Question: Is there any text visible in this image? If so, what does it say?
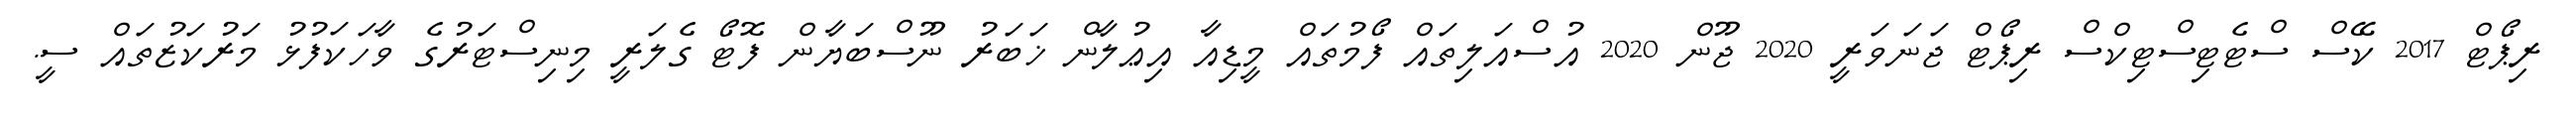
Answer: ރިޕޯޓް 2017 ކޭސް ސްޓެޓިސްޓިކްސް ރިޕޯޓް ޖަނަވަރީ 2020 ޖޫން 2020 އުސްއަލިތައް ފޯމުތައް މީޑިއާ އިޢުލާން ޚަބަރު ނޫސްބަޔާން ފޮޓޯ ގެލަރީ މިނިސްޓަރުގެ ވާހަކަފުޅު މަރުކަޒުތައް ސީ.